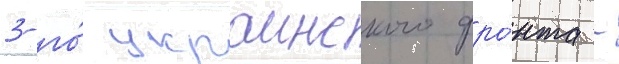
3-го́ украинского фро́нта -